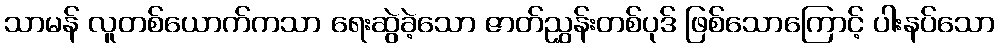
သာမန် လူတစ်ယောက်ကသာ ရေးဆွဲခဲ့သော ဇာတ်ညွှန်းတစ်ပုဒ် ဖြစ်သောကြောင့် ပါးနပ်သော